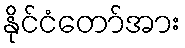
နိုင်ငံတော်အား